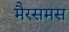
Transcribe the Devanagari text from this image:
मैरसमस